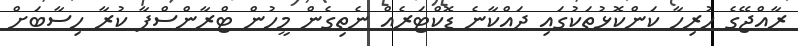
ރާއްޖޭގެ ހުރިހާ ކަންކޮޅުތަކުގައި ދައްކާނެ ޑޮކްޓަރެއް ނެތިގެން މީހުން ޓްރާންސްފާ ކުރާ ހިސާބަށް